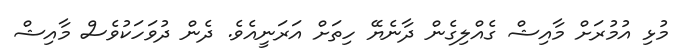
މުޅި އުމުރަށް މާއިޝް ގެއްލިގެން ދާނެޔޭ ހިތަށް އަރަނީއެވެ. ދެން ދުވަހަކުވެސް މާއިޝް